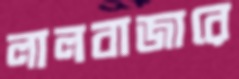
লালবাজারে